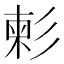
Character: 𢒞